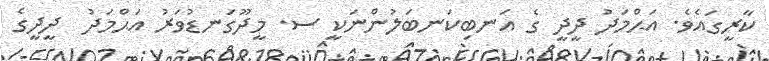
ކާރީގައެވެ. އަޙްމަދު ދީދީ ގެ އަނބިކަނބަލުންނަކީ ސ. މީދޫގަނޑުވަރު އަޙްމަދު  ދީދީގެ